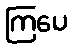
ကြပေ